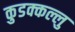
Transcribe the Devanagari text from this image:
कुडक्कल्लु